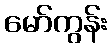
မော်ကွန်း